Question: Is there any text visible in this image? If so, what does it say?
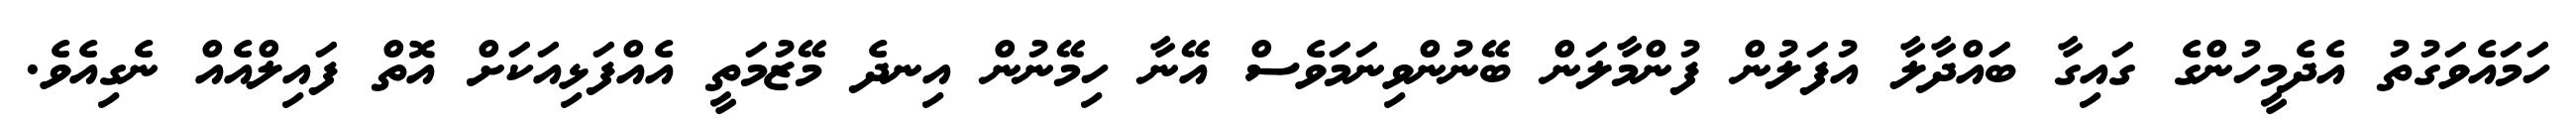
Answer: ހަމައެވަގުތު އެދެމީހުންގެ ގައިގާ ބައްދާލާ އުފަލުން ފުންމާލަން ބޭނުންވިނަމަވެސް އޭނާ ހިމޭނުން އިނދެ މޭޒުމަތީ އެއްފަޅިއަކަށް އޮތް ފައިލްއެއް ނެގިއެވެ.